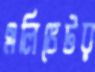
এলিভেটর